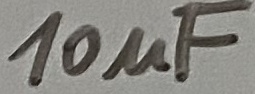
Text: 10uF